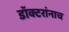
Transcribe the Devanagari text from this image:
डॉक्टरांनाच